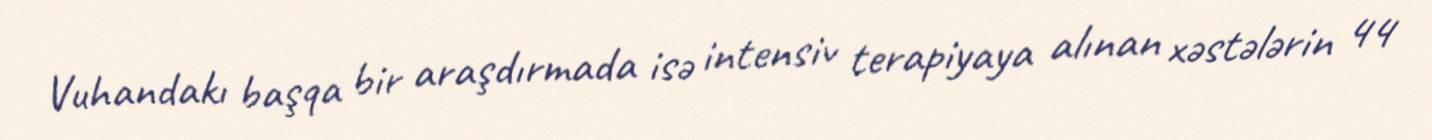
Vuhandakı başqa bir araşdırmada isə intensiv terapiyaya alınan xəstələrin 44